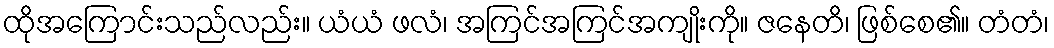
ထိုအကြောင်းသည်လည်း။ ယံယံ ဖလံ၊ အကြင်အကြင်အကျိုးကို။ ဇနေတိ၊ ဖြစ်စေ၏။ တံတံ၊